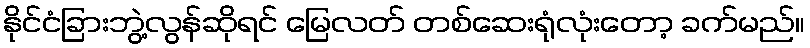
နိုင်ငံခြားဘွဲ့လွန်ဆိုရင် မြေလတ် တစ်ဆေးရုံလုံးတော့ ခက်မည်။